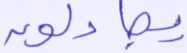
يجادلون